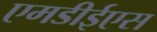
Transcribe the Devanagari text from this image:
एमडीईएस